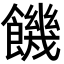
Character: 饑